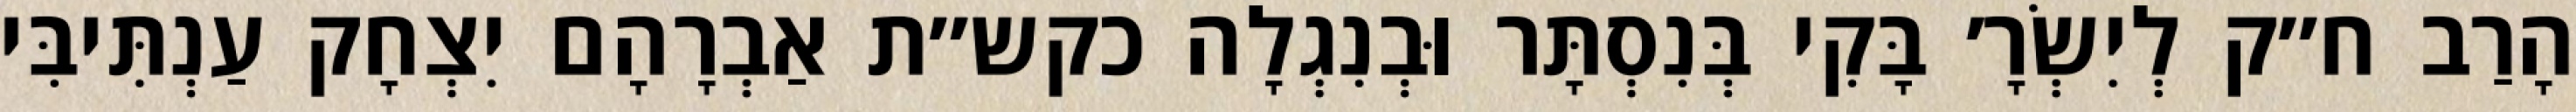
הָרַב ח״ק לְיִשְׂרָ׳ בָּקִי בְּנִסְתָּר וּבְנִגְלָה כקש״ת אַבְרָהָם יִצְחָק עַנְתִּיבִּי